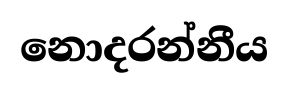
නොදරන්නීය